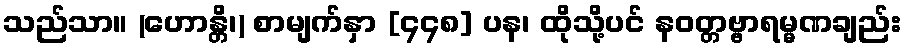
သည်သာ။ (ဟောန္တိ၊) စာမျက်နှာ [၄၄၈] ပန၊ ထိုသို့ပင် နဝတ္တဗ္ဗာရမ္မဏချည်း